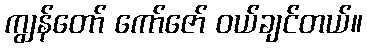
ကျွန်တော် ကော်ဇော် ဝယ်ချင်တယ်။